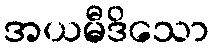
အယမီဒိသော